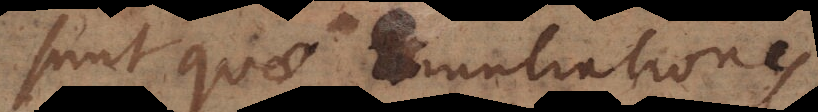
sunt quae Enuntiationes